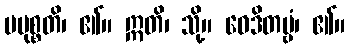
ပပုစ္စတိ၊ ၏။ ဣတိ၊ သို့။ ဝေဒိတဗ္ဗံ၊ ၏။